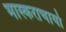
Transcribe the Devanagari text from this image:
भास्कराचार्यो